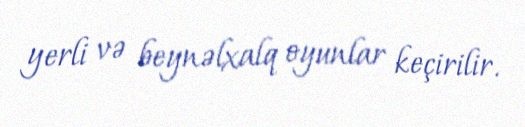
yerli və beynəlxalq oyunlar keçirilir.